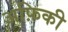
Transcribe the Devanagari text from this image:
अफ़िकी